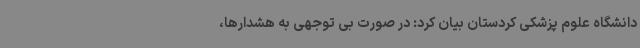
دانشگاه علوم پزشکی کردستان بیان کرد: در صورت بی توجهی به هشدارها،